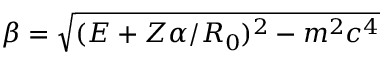
\beta = \sqrt { ( E + Z \alpha / R _ { 0 } ) ^ { 2 } - m ^ { 2 } c ^ { 4 } }